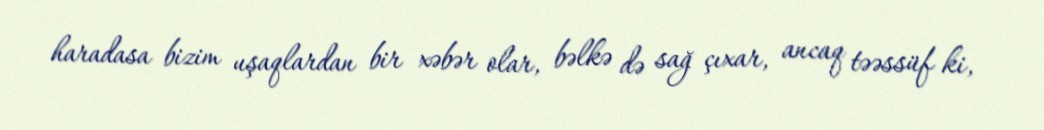
haradasa bizim uşaqlardan bir xəbər olar, bəlkə də sağ çıxar, ancaq təəssüf ki,